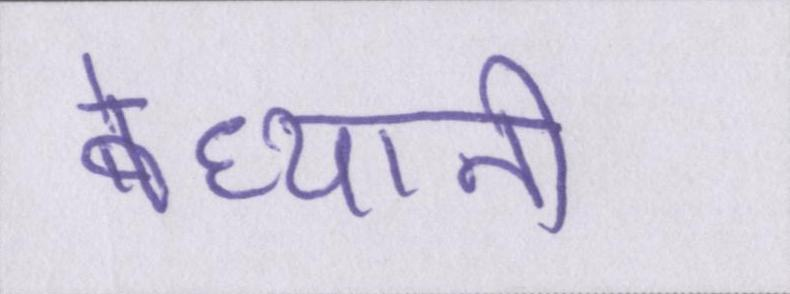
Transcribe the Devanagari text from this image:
बेध्यानी